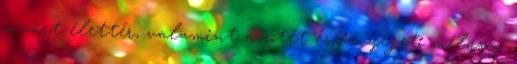
a zárt élettér, valamint a sötét és fenyegető mélység